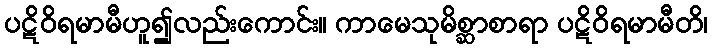
ပဋိဝိရမာမီဟူ၍လည်းကောင်း။ ကာမေသုမိစ္ဆာစာရာ ပဋိဝိရမာမီတိ၊